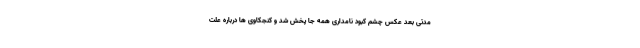
مدتی بعد عکس چشم کبود نامداری همه جا پخش شد و کنجکاوی ها درباره علت